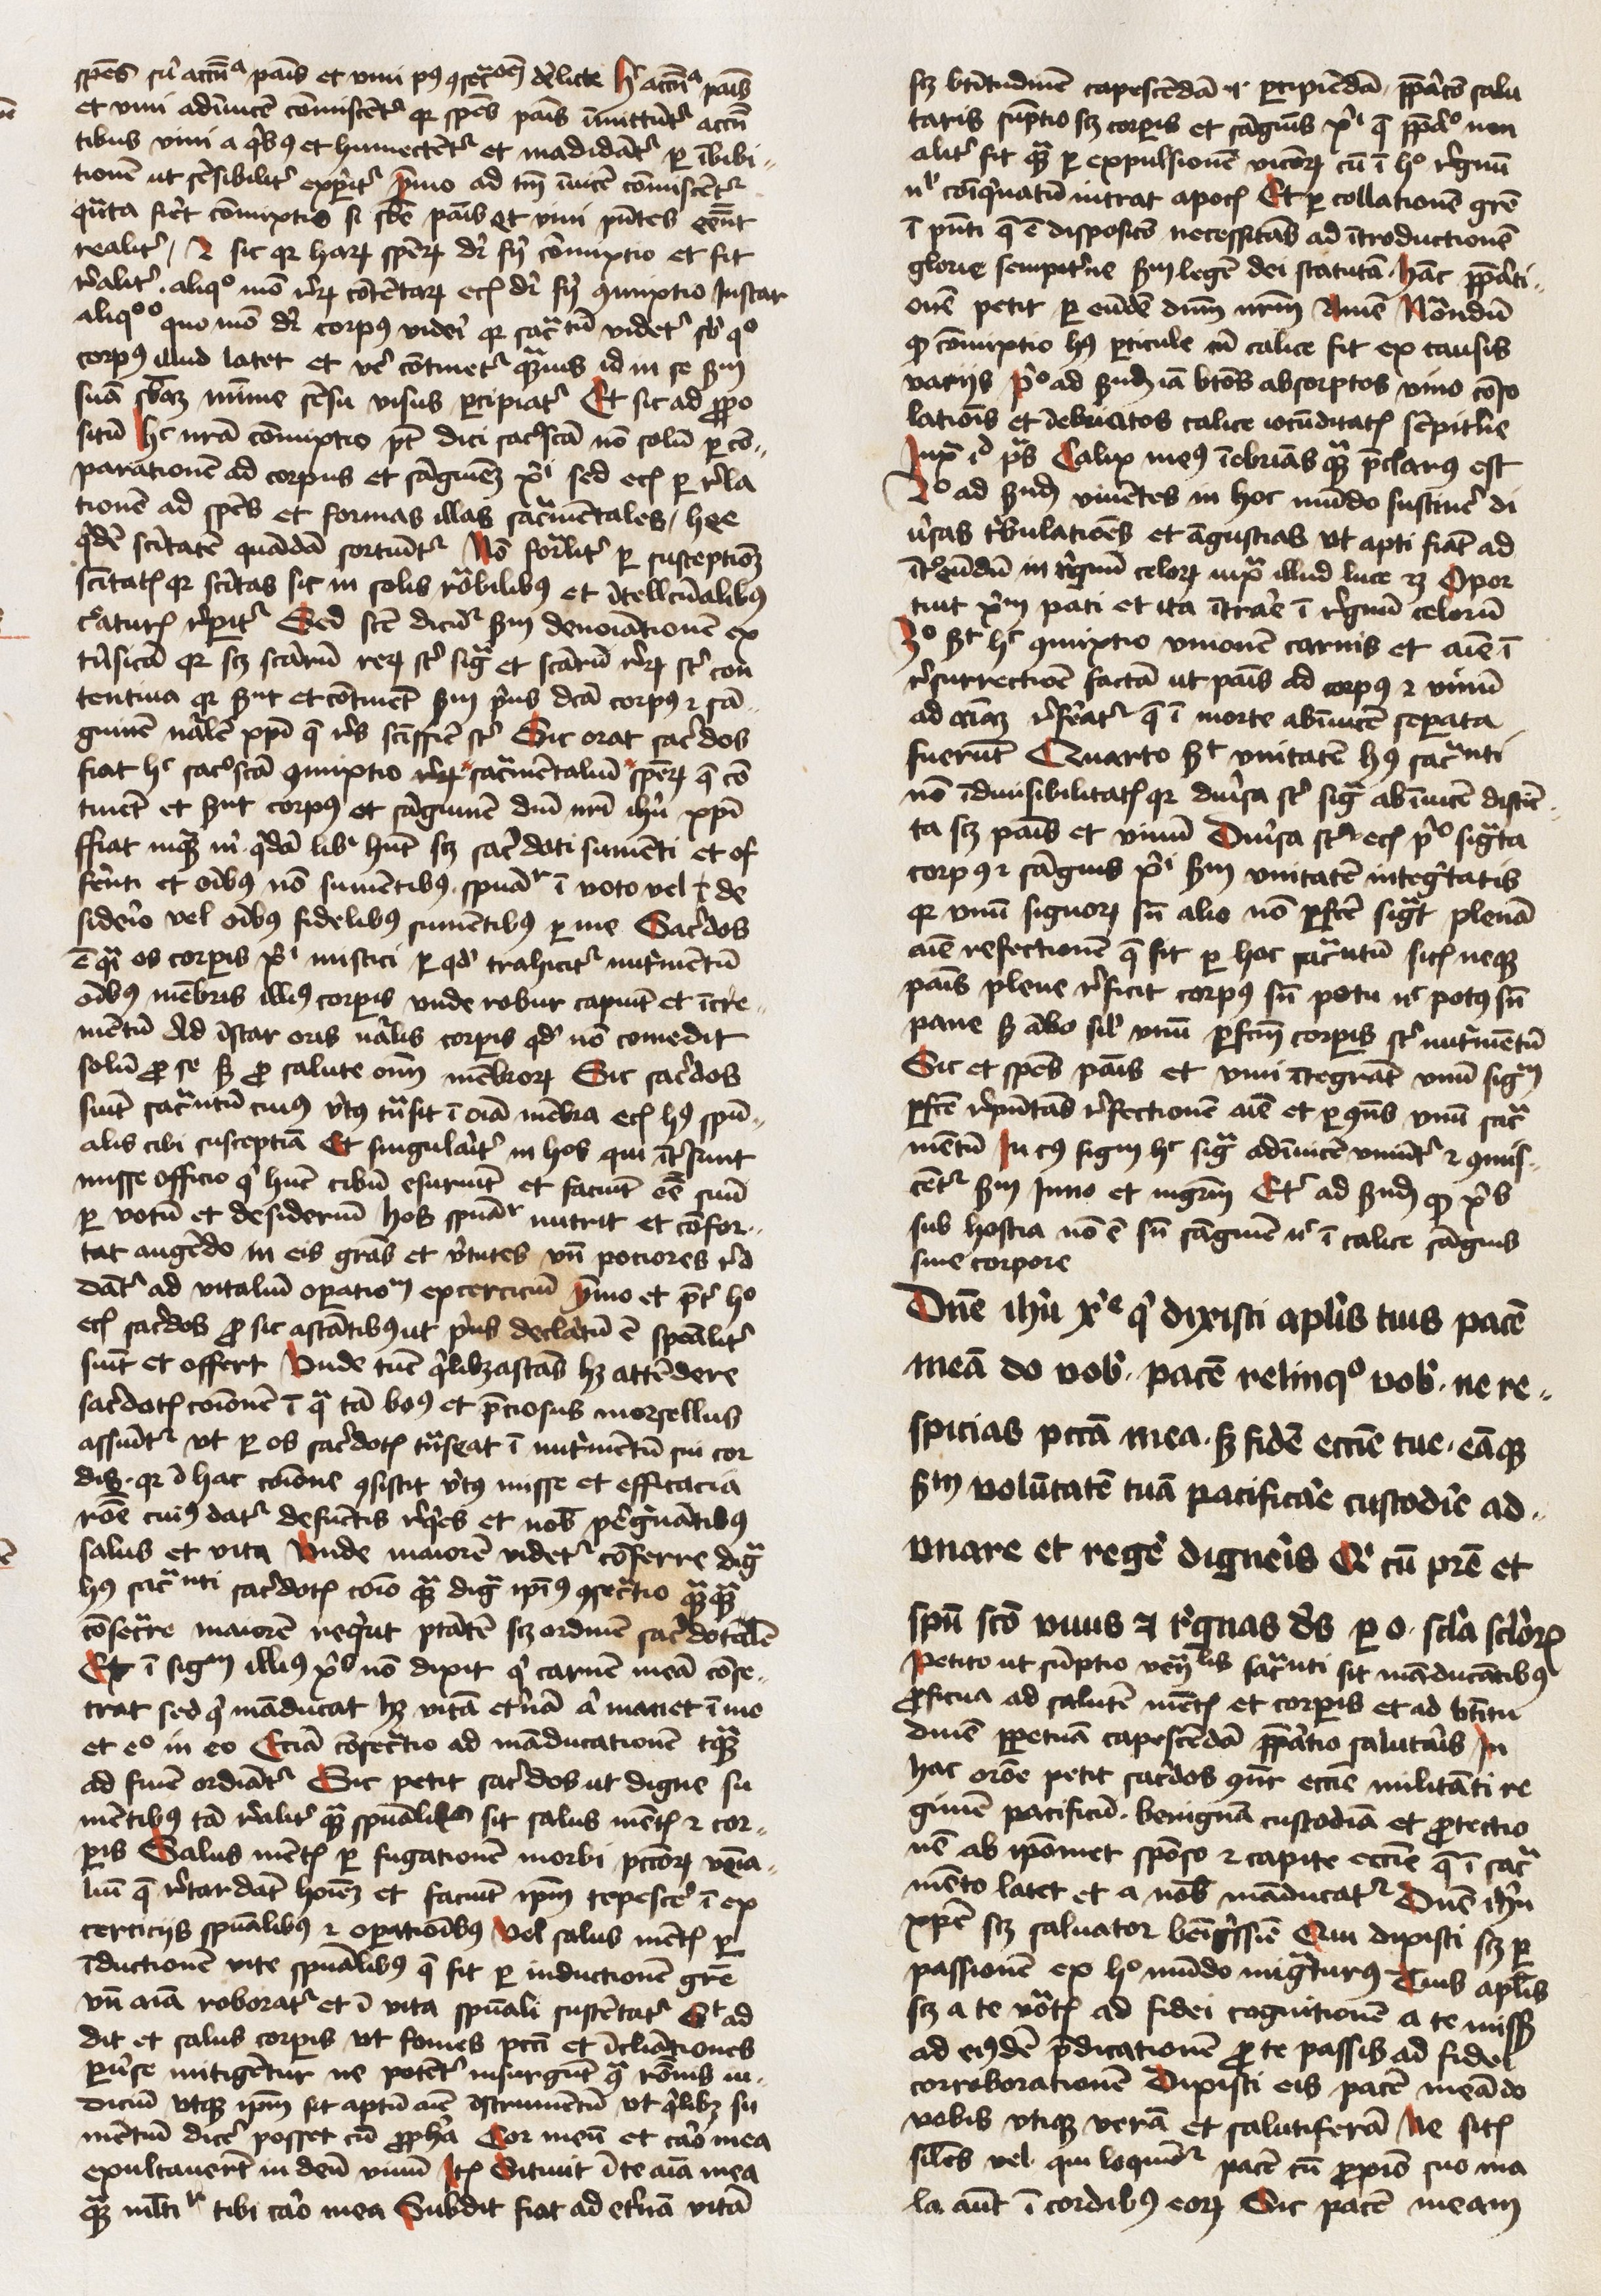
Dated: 1425–1474